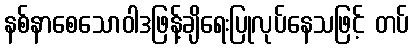
နစ်နာစေသောဝါဒဖြန့်ချိရေးပြုလုပ်နေသဖြင့် တပ်